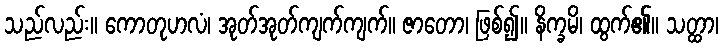
သည်လည်း။ ကောတုဟလံ၊ အုတ်အုတ်ကျက်ကျက်။ ဇာတော၊ ဖြစ်၍။ နိက္ခမိ၊ ထွက်၏။ သတ္ထာ၊